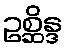
ဥစ္ဆိန္ဒ